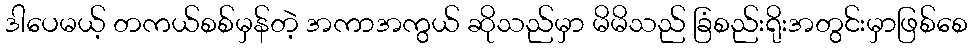
ဒါပေမယ့် တကယ်စစ်မှန်တဲ့ အကာအကွယ် ဆိုသည်မှာ မိမိသည် ခြံစည်းရိုးအတွင်းမှာဖြစ်စေ